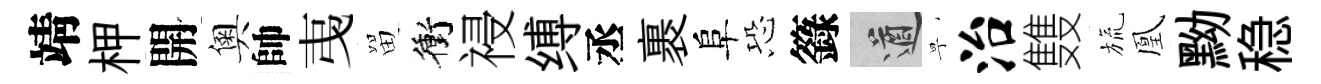
靖柙開奧帥𢎯㽞衝祲缚丞裹阜恐籙遒寧治䨇旒凰黝稳